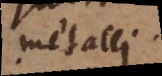
metalli.